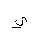
Letter: _ya